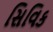
સિવિક